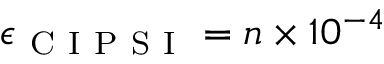
\epsilon _ { \mathrm { ~ C ~ I ~ P ~ S ~ I ~ } } = n \times 1 0 ^ { - 4 }